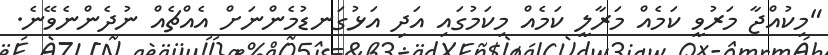
"މިކުއްޖާ މަރުވީ ކަމެއް މަރާލީ ކަމެއް މިކަމުގައި އަދި އަޅުގަނޑުމެންނަށް އެއްޗެއް ނުދެންނެވޭނެ.